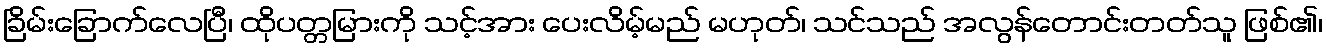
ခြိမ်းခြောက်လေပြီ၊ ထိုပတ္တမြားကို သင့်အား ပေးလိမ့်မည် မဟုတ်၊ သင်သည် အလွန်တောင်းတတ်သူ ဖြစ်၏၊